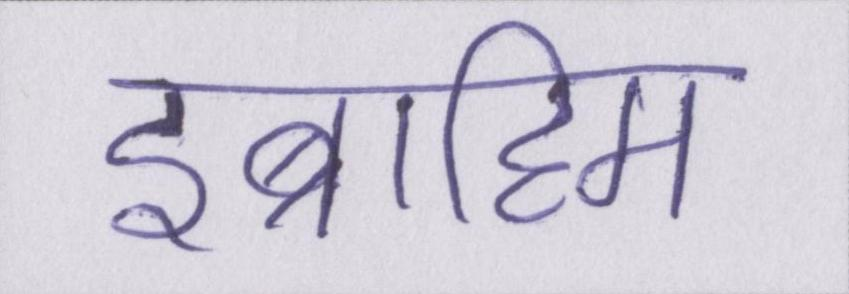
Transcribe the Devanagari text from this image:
इब्राहिम